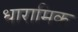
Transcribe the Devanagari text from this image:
धारामिक